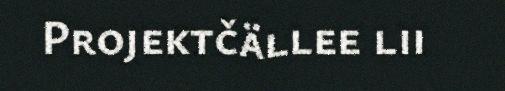
Projektčällee lii